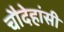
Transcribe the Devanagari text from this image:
चौदेहांसी